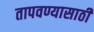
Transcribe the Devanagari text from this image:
तापवण्यासाठी